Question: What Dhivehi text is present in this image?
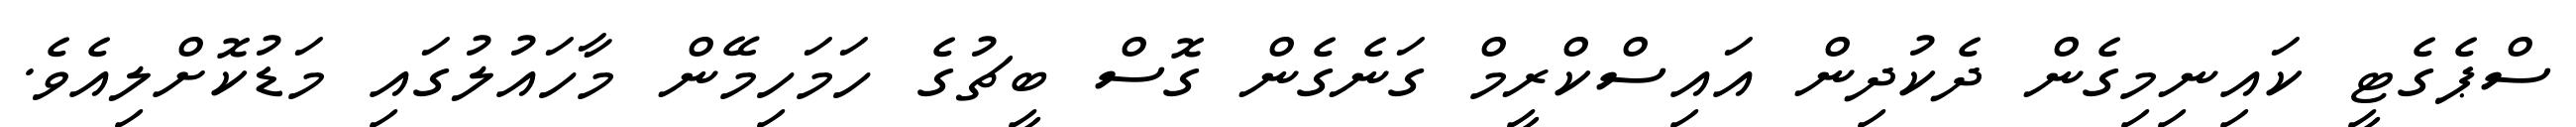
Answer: ސްޕެގެޓީ ކައިނިމިގެން ދެކުދިން އައިސްކްރީމް ގަނެގެން ގޮސް ބީޗުގެ ހަމަހިމޭން މާހައުލުގައި މަޑުކޮށްލިއެވެ.